Leaving Certificate Examination (including Day School Certificate (Higher) General paper), 1936
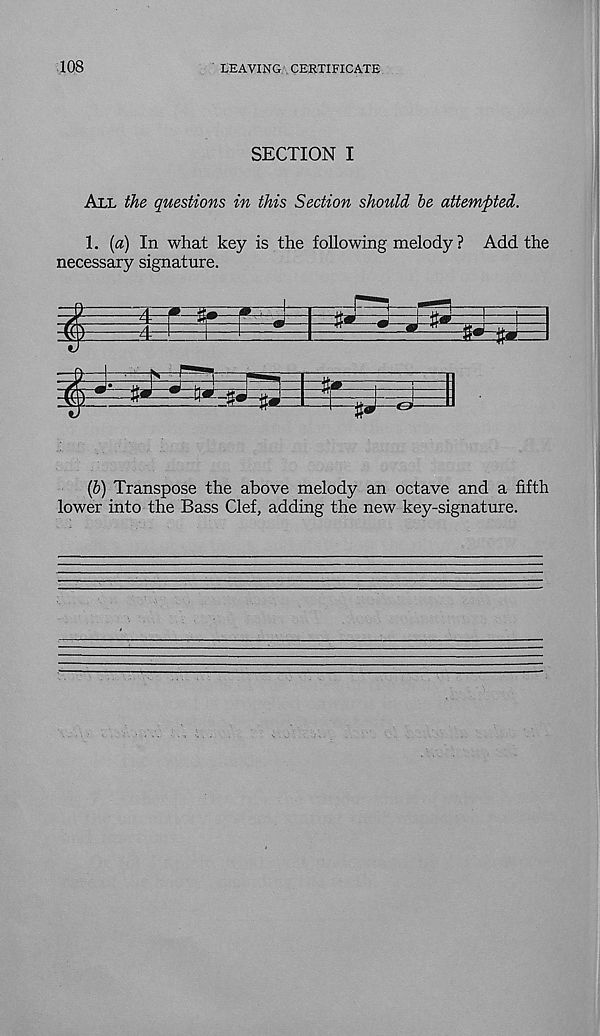
108
LEAVING CERTIFICATE
SECTION I
All the questions in this Section should he attempted.
1. [a) In what key is the following melody ? Add the
necessary signature.
(&) Transpose the above melody an octave and a fifth
lower into the Bass Clef, adding the new key-signature.